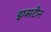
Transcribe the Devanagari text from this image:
इप्सटीन